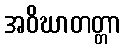
အဝိဃာတတ္တာ